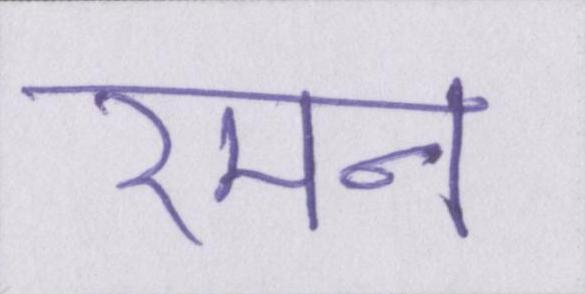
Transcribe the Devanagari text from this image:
रमन